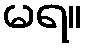
မရ။